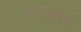
કલતર